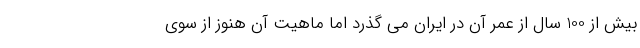
بیش از 100 سال از عمر آن در ایران می گذرد اما ماهیت آن هنوز از سوی